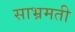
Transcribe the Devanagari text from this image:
साभ्रमती